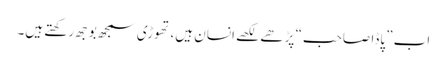
اب ”پاڈا صاحب“ پڑھے لکھے انسان ہیں، تھوڑی سمجھ بوجھ رکھتے ہیں۔